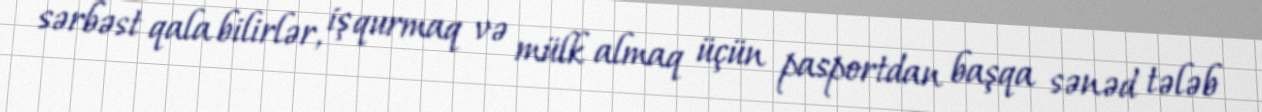
sərbəst qala bilirlər, iş qurmaq və mülk almaq üçün pasportdan başqa sənəd tələb